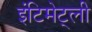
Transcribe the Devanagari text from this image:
इंटिमेट्ली